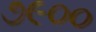
૭૯૦૦